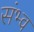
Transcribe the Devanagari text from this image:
संभ्व